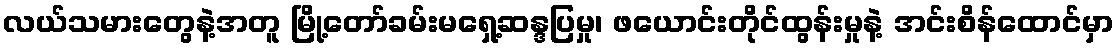
လယ်သမားတွေနဲ့အတူ မြို့တော်ခမ်းမရှေ့ဆန္ဒပြမှု၊ ဖယောင်းတိုင်ထွန်းမှုနဲ့ အင်းစိန်ထောင်မှာ